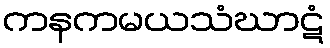
ကနကမယသံဃာဋံ